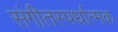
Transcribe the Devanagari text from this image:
संगीतस्पर्धात्मक